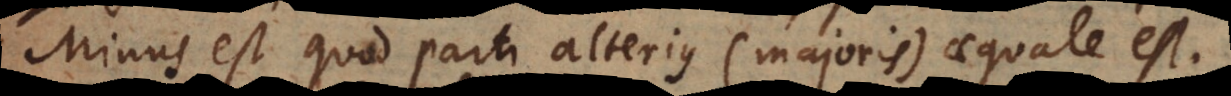
Minus est quod parti alterius (majoris) aequale est.